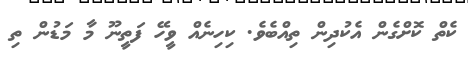
ކެތް ކޮށްގެން އެކުދިން ތިއްބެވެ. ކިހިނެއް ވީހޭ ފަތީނޫ މާ މަޑުން ތި